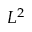
L ^ { 2 }